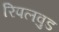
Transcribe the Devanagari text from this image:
रिपलवुड